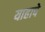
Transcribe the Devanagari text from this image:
याहापे